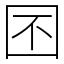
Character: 囨